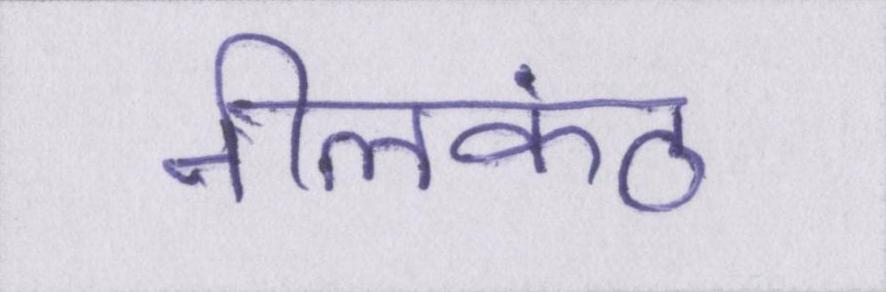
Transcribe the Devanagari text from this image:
नीलकंठ